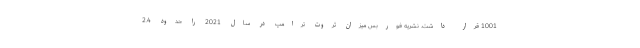
1001 قرار داشت. نشریه فوربس میزان ثروت ترامپ در سال 2021 را حدود 2.4